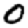
Digit: 0